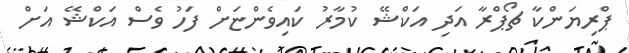
ޕްރިޔަންކާ ޗޯޕްރާ އަދި އަކްޝޭ ކުމާރު ކައިވެންޏަށް ފަހު ވެސް އަކްޝޭ އަށް